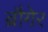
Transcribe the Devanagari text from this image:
ब्रौगेर